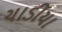
ચાડીયા